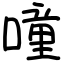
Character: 噇